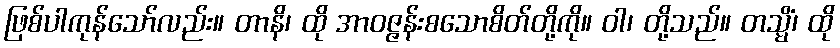
ဖြစ်ပါကုန်သော်လည်း။ တာနိ၊ ထို အာဝဇ္ဇန်းစသောစိတ်တို့ကို။ ဝါ၊ တို့သည်။ တသ္မိံ၊ ထို